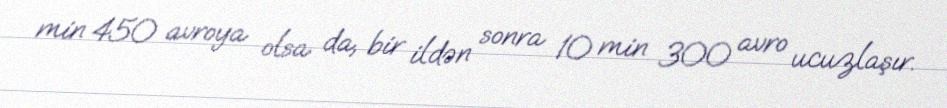
min 450 avroya olsa da, bir ildən sonra 10 min 300 avro ucuzlaşır.